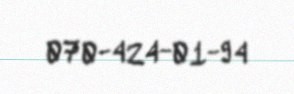
070-424-01-94